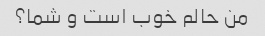
من حالم خوب است و شما؟